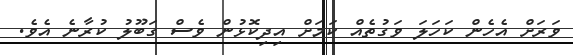
ވަރަށް އެހެން ކަހަލަ ވަގުތެއް ކަމަށް އިދިކޮޅުން ވެސް ގަބޫލު ކުރާނެ އެވެ.